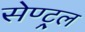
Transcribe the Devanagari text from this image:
सेण्ट्र्ल